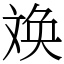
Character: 㪱